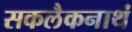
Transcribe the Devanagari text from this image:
सकलैकनाथं